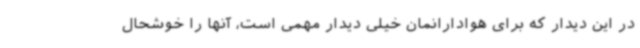
در این دیدار که برای هوادارانمان خیلی دیدار مهمی است، آنها را خوشحال